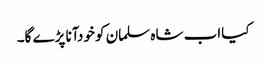
﻿﻿ کیااب شاہ سلمان کو خودآنا پڑے گا۔